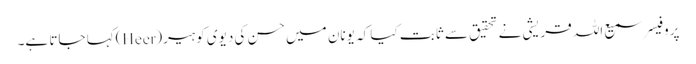
پروفیسر سمیع اللہ قریشی نے تحقیق سے ثابت کیا کہ یونان میں حسن کی دیوی کو ہیر(Heer)کہا جاتا ہے۔